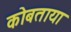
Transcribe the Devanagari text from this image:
कोबताया